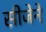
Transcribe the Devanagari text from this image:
सीजेने